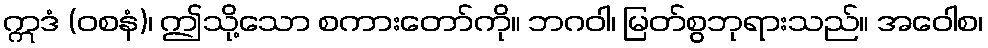
ဣဒံ (ဝစနံ)၊ ဤသို့သော စကားတော်ကို။ ဘဂဝါ၊ မြတ်စွဘုရားသည်။ အဝေါစ၊